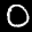
Label: 0